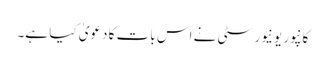
کانپور یونیورسٹی نے اس بات کا دعویٰ کیا ہے۔